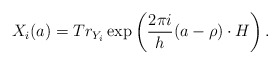
\begin{align*}X_i(a)=Tr_{Y_i}\exp \left( \frac{2\pi i}h(a-\rho )\cdot H\right). \end{align*}